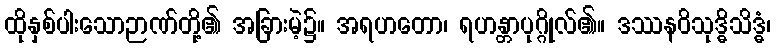
ထိုနှစ်ပါးသောဉာဏ်တို့၏ အခြားမဲ့၌။ အရဟတော၊ ရဟန္တာပုဂ္ဂိုလ်၏။ ဒဿနဝိသုဒ္ဓိသိဒ္ဓံ၊